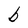
Character: b